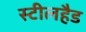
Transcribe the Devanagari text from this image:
स्टीलहैड